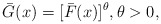
\begin{align*}\bar{G}(x)=[\bar{F}(x)]^\theta,\theta>0,\end{align*}